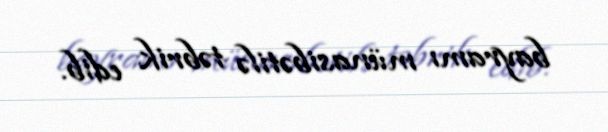
bayramı münasibətilə təbrik edib.